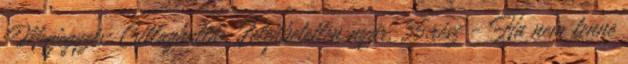
Megjegyzés: Csillaghullás: Felejthetetlen nyár, 35.rész - Ha nem lenne